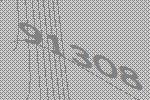
91308